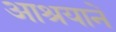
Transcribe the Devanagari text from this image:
आश्रयानें